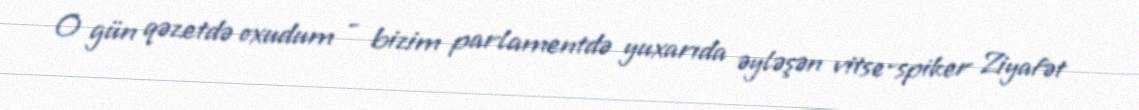
O gün qəzetdə oxudum - bizim parlamentdə yuxarıda əyləşən vitse-spiker Ziyafət